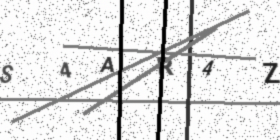
Text: S4AR4Z